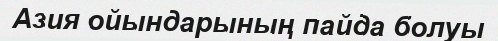
Азия ойындарының пайда болуы